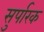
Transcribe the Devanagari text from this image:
सुर्पारक